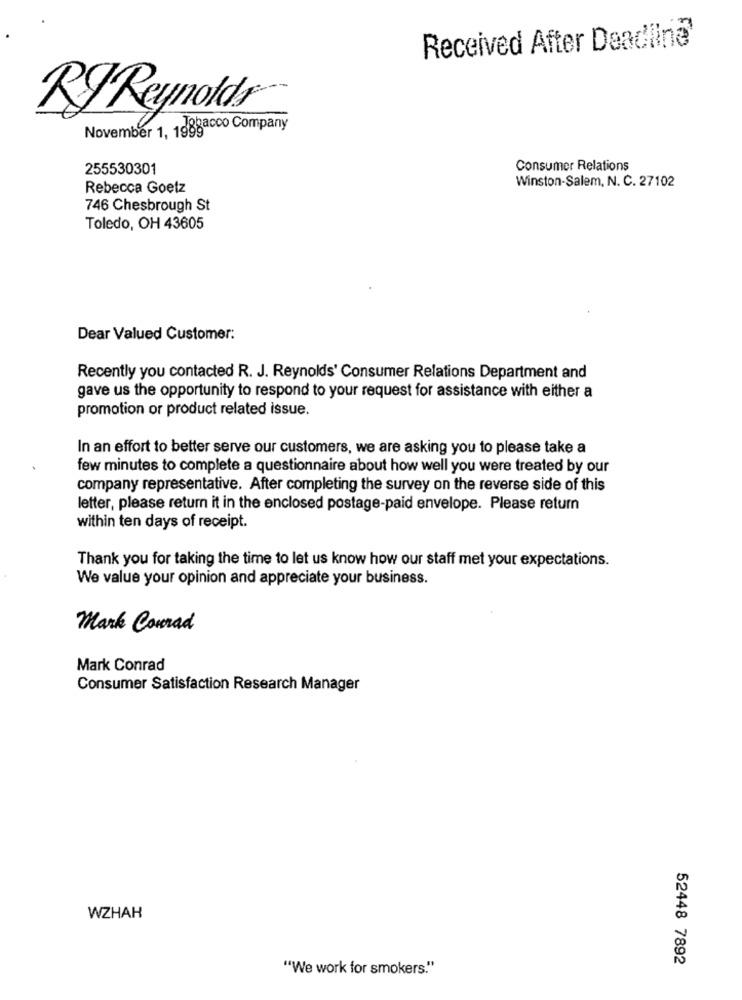
Received After Deadline
RJ Reynolds
November 1, 1988acco Company
255530301
Consumer Relations
Winston-Salem, N. C. 27102
Rebecca Goetz
746 Chesbrough St
Toledo, OH 43605
Dear Valued Customer:
Recently you contacted R. J. Reynolds' Consumer Relations Department and
gave us the opportunity to respond to your request for assistance with either a
promotion or product related issue.
In an effort to better serve our customers, we are asking you to please take a
few minutes to complete a questionnaire about how well you were treated by our
company representative. After completing the survey on the reverse side of this
letter, please return it in the enclosed postage-paid envelope. Please return
within ten days of receipt.
Thank you for taking the time to let us know how our staff met your expectations.
We value your opinion and appreciate your business.
Mark Conrad
Mark Conrad
Consumer Satisfaction Research Manager
WZHAH
52448 7892
"We work for smokers."